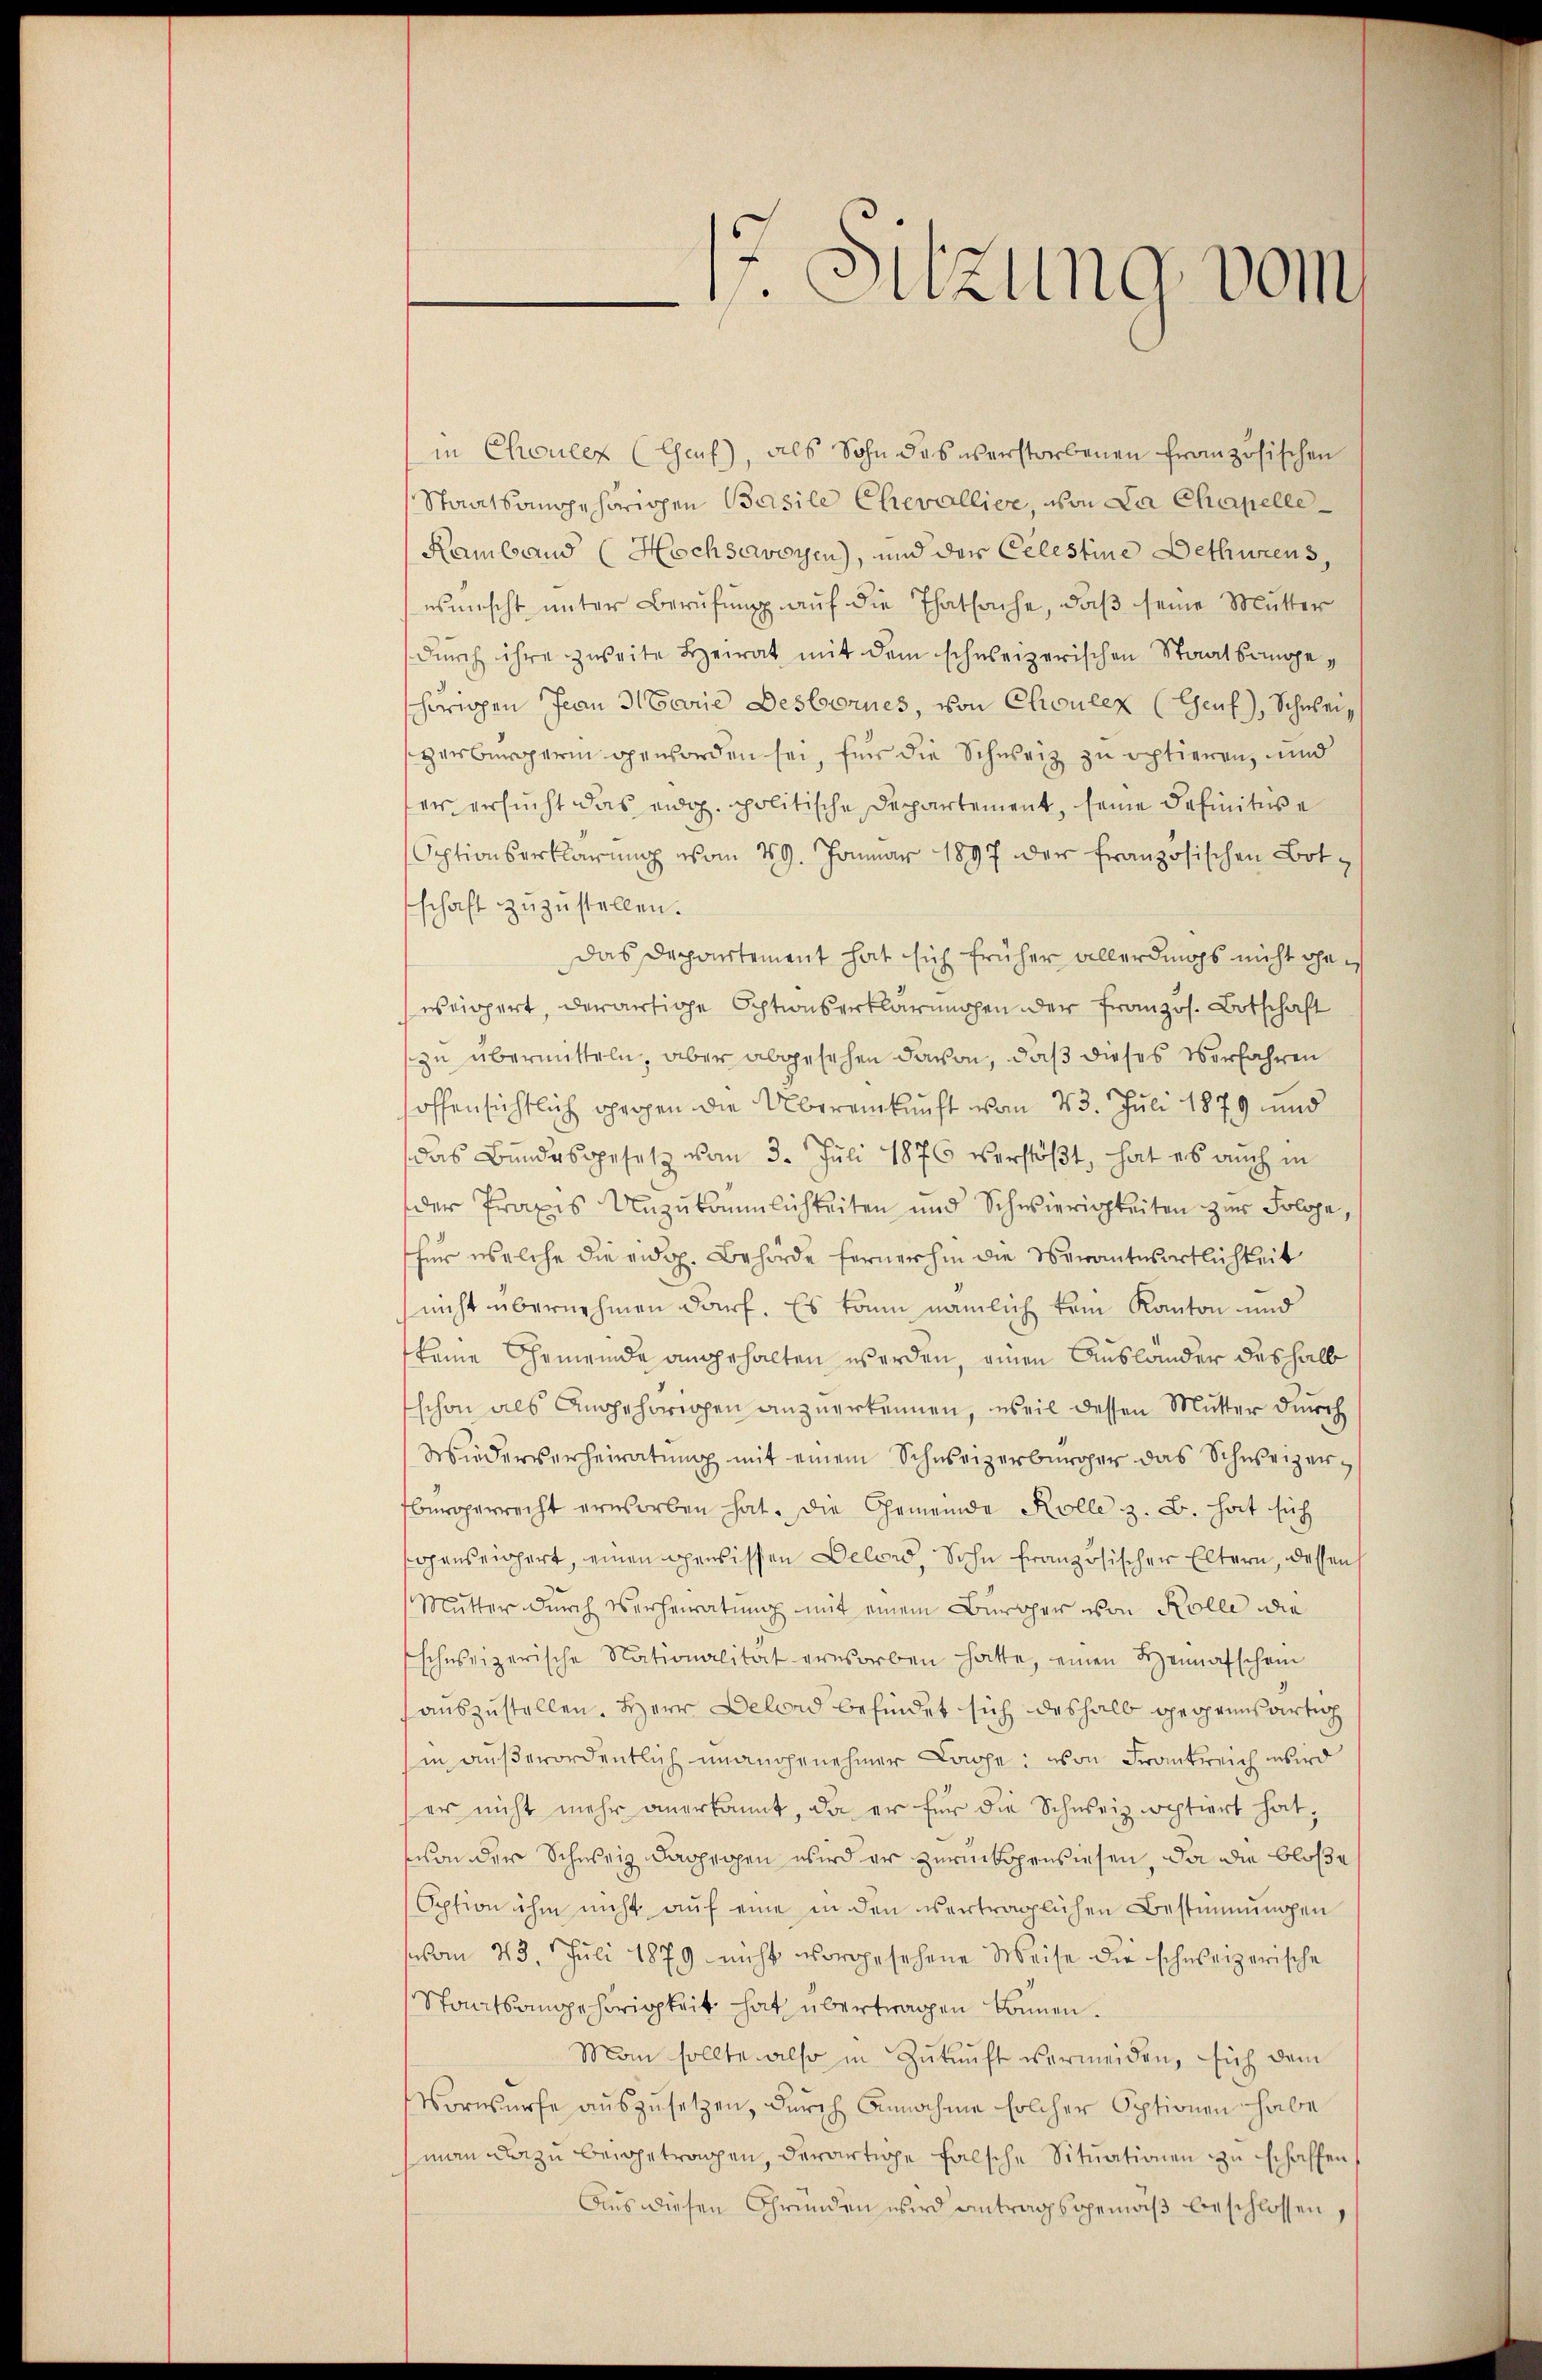
17. Sitzung vom

in Chouler (Genf), als Sohn das verstorbenen französischen
Staatsangehörigen Basile Chevallier, von La Chapelle
Ramband (Hochsavoyen), und der Celestine Bethürens,
wünscht unter Berufung auf die Thatsache, daß seine Mutter
dŭrch ihre zweite Beirat mit dem schweizerischen Staatsangehörigen Jean Marie Desbornes, von Choulen (Genf), Schweiz
zerbürgerin geworden sei, für die Schweiz zu optieren, und
er ersucht das eidg. politische Departement, seine Definitive
Oeptionserklärŭng vom 19. Januar 1897 der französischen Bot
schaft zuzustellen.
das Departement hat sich früher allerdings nicht gewrippert, derartige Schtionserklärungen der französ. Botschaft
zu übermitteln, aber abgesehen davon, daß dieses Verfahren
hoffensichtlich gegen die Übereinkunft von 23. Juli 1879 und
das Bundesgesetz vom 3. Juli 1876 verstößt, hat es auch in
der Praxis Unzukäumlichkeiten und Schwierigkeiten zur Folge,
für welche die eidg. Behörde fernerhin die Verantwortlichkeit
nicht übernehmen darf. Es könne nämlich kein Kanton und
keine Gemeinde angehalten werden, einen Ausländer deshalb
schon als Angehörigen anzuerkennen, weil dessen Mutter durch
Wiederverheiratŭng mit einem Schweizerbürger das Schweizersbürgerrecht erworben hat. Die Gemeinde Kolle z. B. hat sich
sogensrichert, einen gewissen Delred, Sohn französischer Eltern, dessen
Mutter durch verheiratung mit einem Bürcher von Kolle die
schweizerische Nationalität erworben hatte, einen Heimatschei
auszustellen. Herr Delend befindet sich deshalb gesprensartig
hin außerordentlich unangenehmer Lage: von Frankreich wird
er nicht mehr anerkannt, da er für die Schweiz optiert hat,
von der Schweiz Sappschen wird er zurückgewiesen, da die bloße
Option ihm nicht aŭf eine in den verträglichen Bestimmungen
vom 23. Juli 1879 nicht vorgesehene Weise die schweizerische
Staatsangehörigkeit hat übertragen können.
Man sollte also in Zukunft vermeiden, sich dem
Vorwürfe auszusetzen, durch Annahme solcher Optionen habe
mnen dazu beigetragen, derartige falsche Situationen zu schaffen
Aus diesen Gründen wird antragsgemäβ beschlossen,